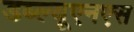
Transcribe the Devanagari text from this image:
डब्ल्यूएनएस